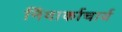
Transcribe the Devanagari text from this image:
निंवार्काचार्य